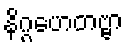
နိဂ္ဂဟေတဗ္ဗာ